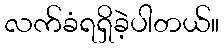
လက်ခံရရှိခဲ့ပါတယ်။